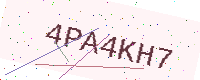
Text: 4PA4KH7